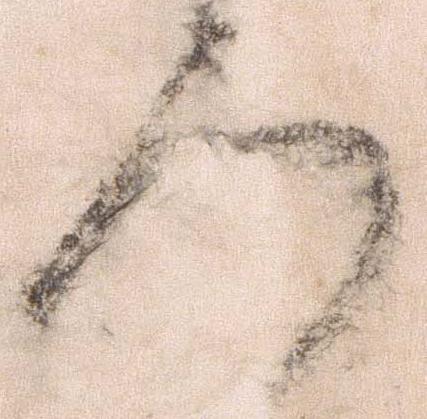
ろ